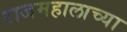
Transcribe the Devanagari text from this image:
राजमहालाच्या